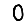
Digit: 0